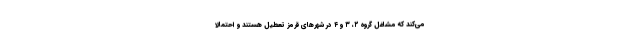
می‌کند که مشاغل گروه ۲، ۳ و ۴ در شهرهای قرمز تعطیل هستند و احتمالاً